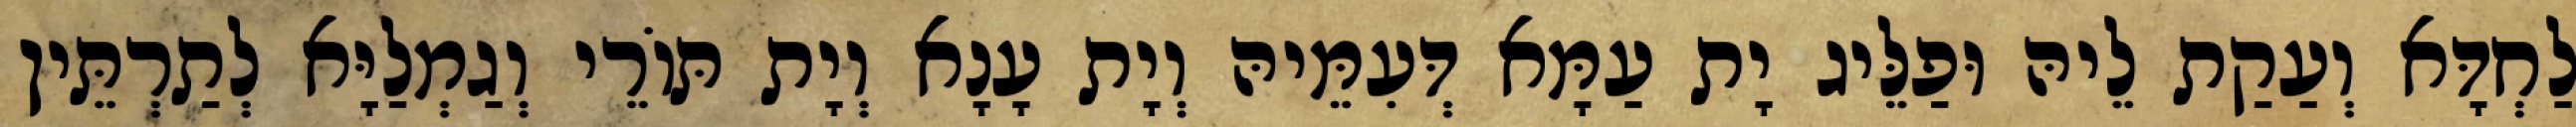
לַחְדָּא וְעַקַת לֵיהּ וּפַלֵּיג יָת עַמָּא דְּעִמֵּיהּ וְיָת עָנָא וְיָת תּוֹרֵי וְגַמְלַיָּא לְתַרְתֵּין